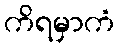
ကိရမှာကံ